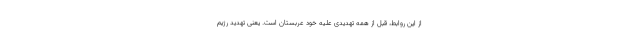
از این روابط، قبل از همه تهدیدی علیه خود عربستان است. یعنی تهدید رژیم